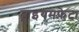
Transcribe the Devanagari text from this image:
ट्राइयमफ़ेटा